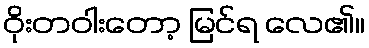
ဝိုးတဝါးတော့ မြင်ရ လေ၏။